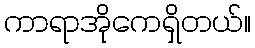
ကာရာအိုကေရှိတယ်။